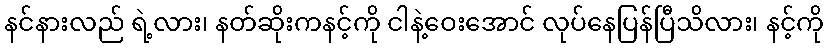
နင်နားလည် ရဲ့လား၊ နတ်ဆိုးကနင့်ကို ငါနဲ့ဝေးအောင် လုပ်နေပြန်ပြီသိလား၊ နင့်ကို